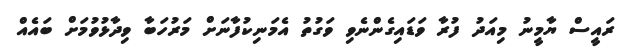
ރައީސް ޔާމީނު މިއަދު ފުރާ ވަޑައިގެންނެވި ވަގުތު އެމަނިކުފާނަށް މަރުހަބާ ވިދާޅުވުމަށް ބައެއް